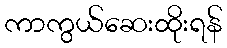
ကာကွယ်ဆေးထိုးရန်